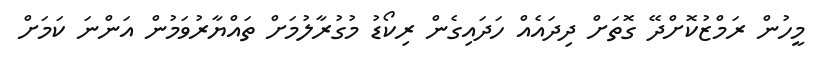
މީހުން ރަމްޒުކޮށްދޭ ގޮތަށް ދިދައެއް ހަދައިގެން ރިކޯޑު މުގުރާލުމަށް ތައްޔާރުވަމުން އަންނަ ކަމަށް